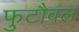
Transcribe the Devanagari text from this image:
फुटौवल